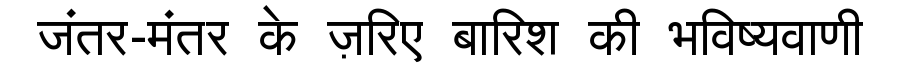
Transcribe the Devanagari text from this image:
जंतर-मंतर के ज़रिए बारिश की भविष्यवाणी